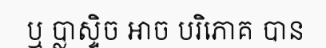
ឬ ប្លាស្ទិច អាច បរិភោគ បាន